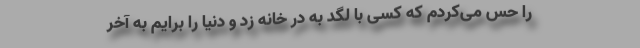
را حس می‌کردم که کسی با لگد به در خانه زد و دنیا را برایم به آخر